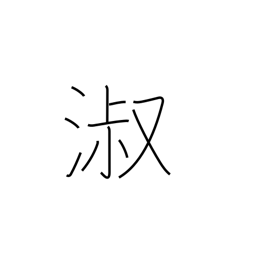
Meaning: graceful